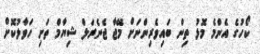
ކޯހުގެ އެންމެ މޮޅު ތިން ބައިވެރިންނަށް މޭޖާ ޖެނެރަލް ޝިޔާމް ތަށި ހަވާލުކޮށް